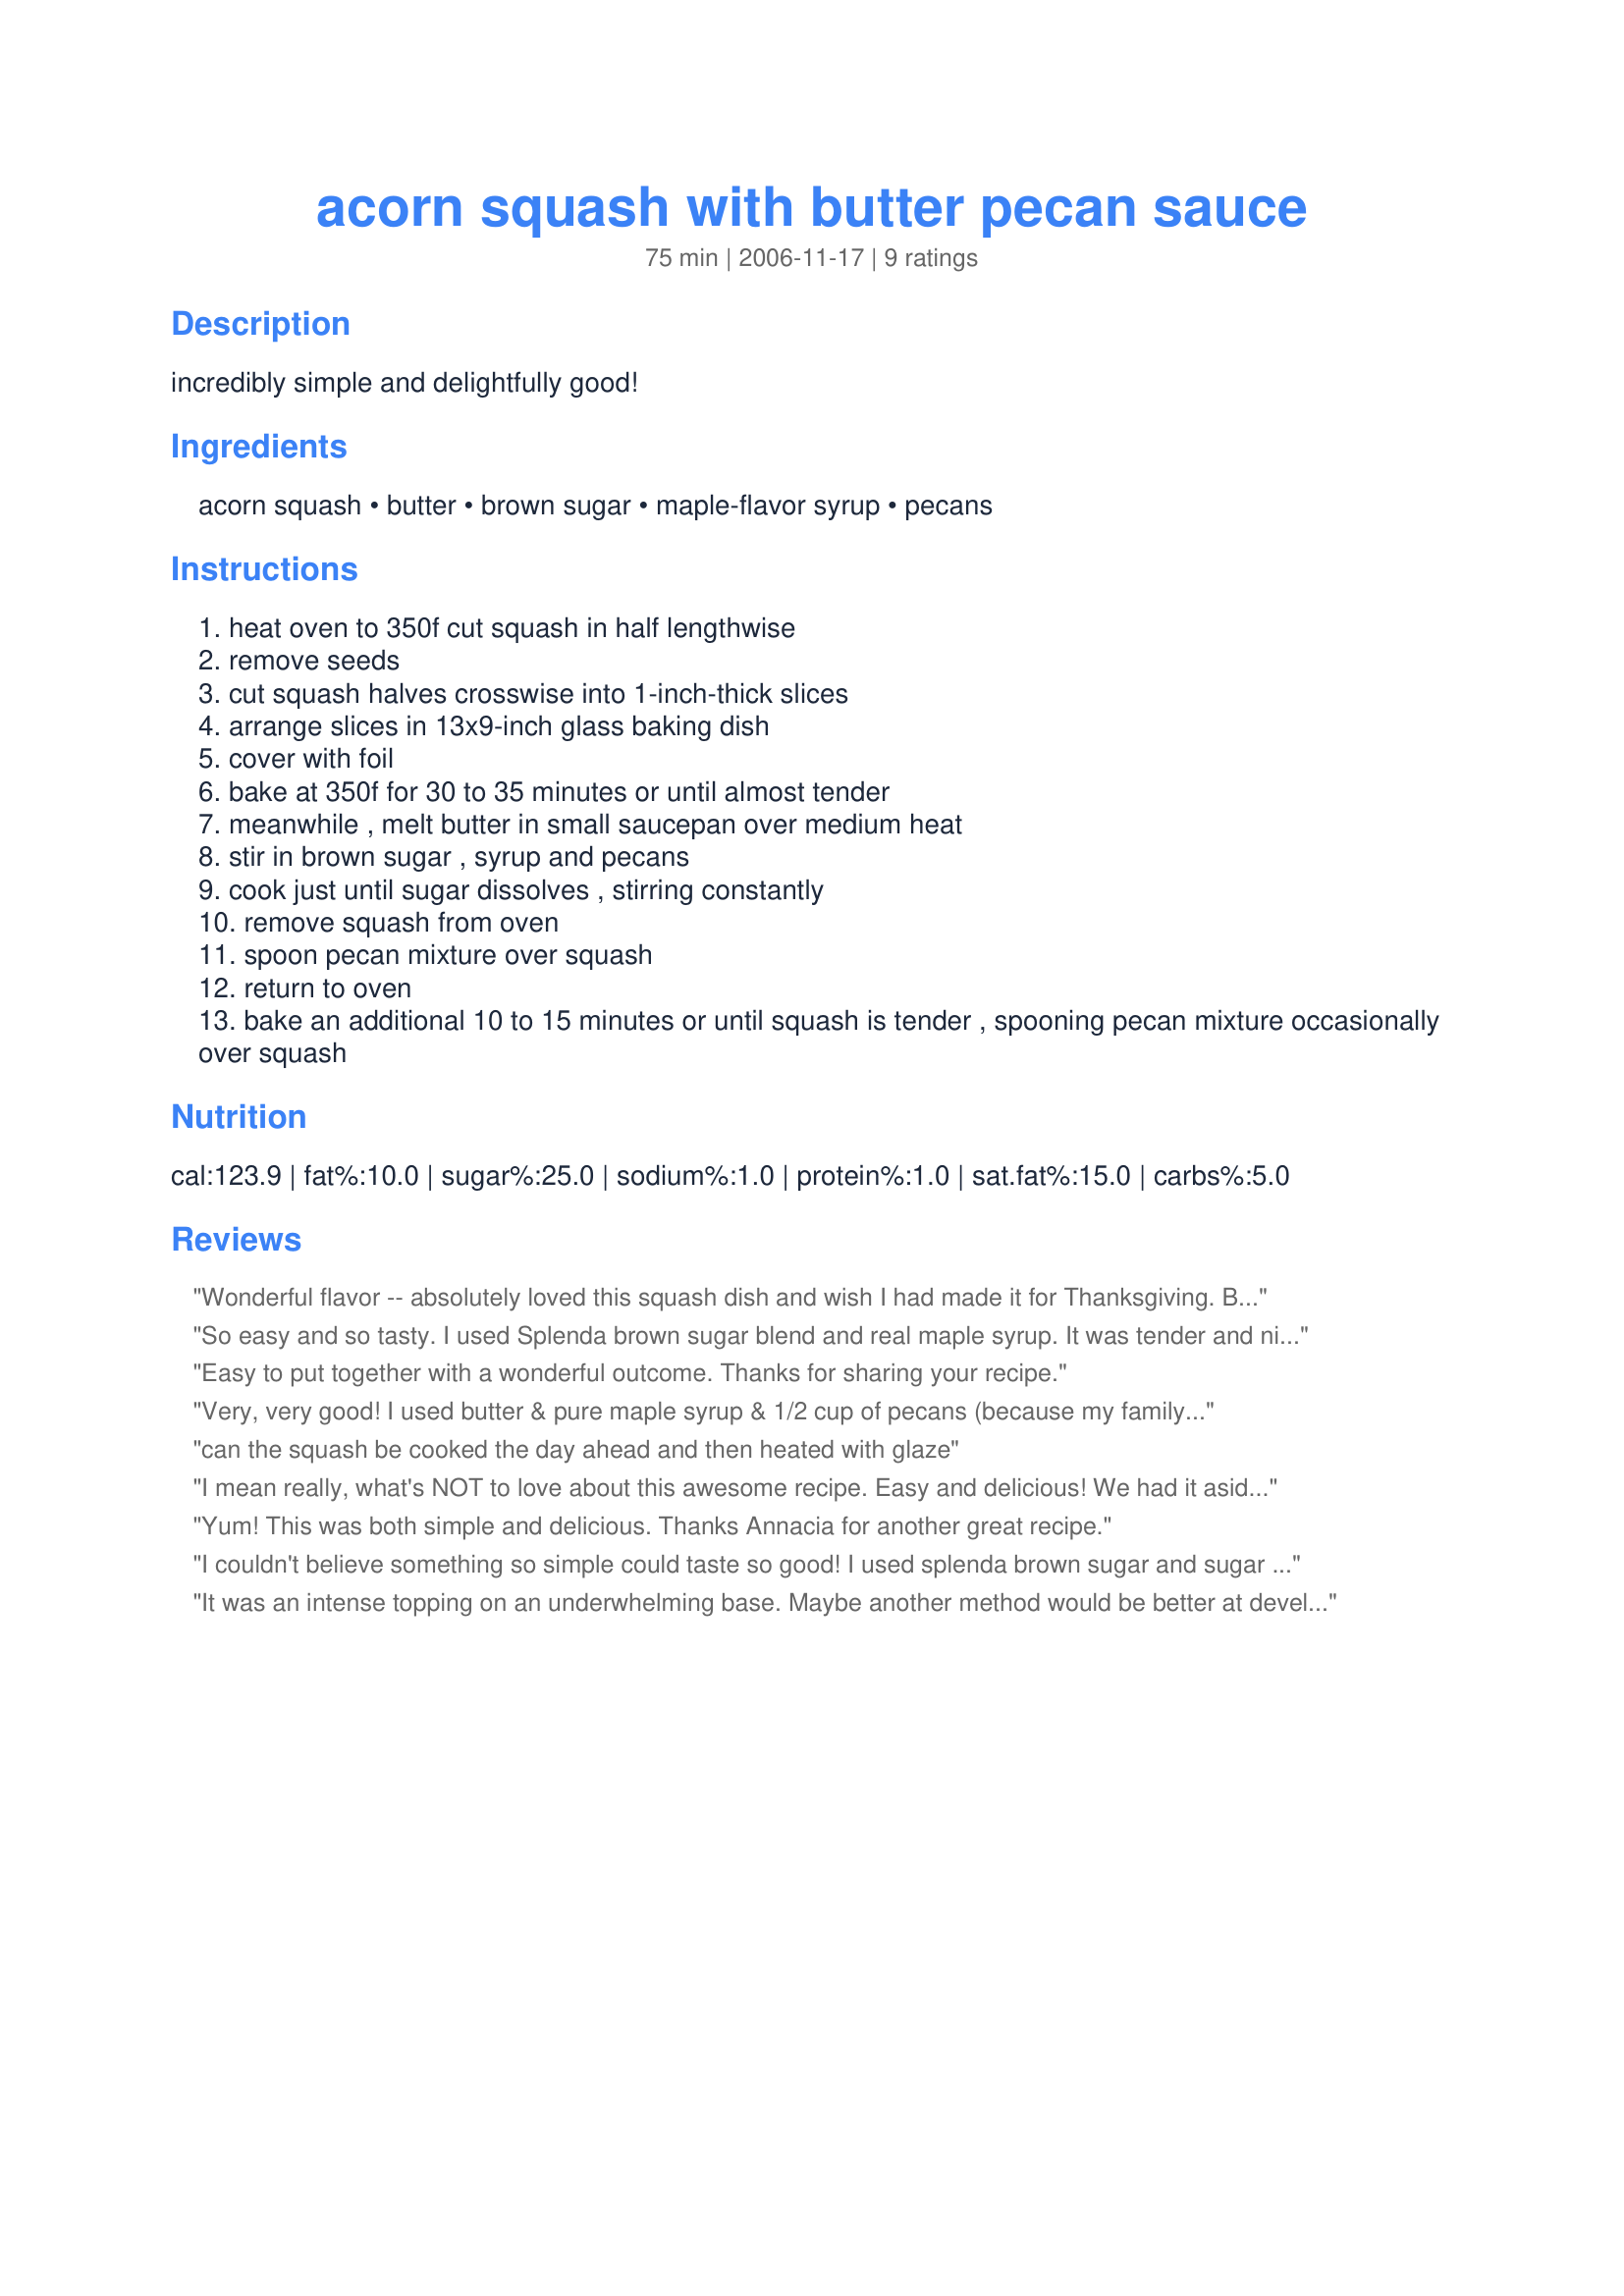
acorn squash with butter pecan sauce
Preparation time: 75 minutes

incredibly simple and delightfully good!

Ingredients:
acorn squash, butter, brown sugar, maple-flavor syrup, pecans

Steps:
heat oven to 350f cut squash in half lengthwise
remove seeds
cut squash halves crosswise into 1-inch-thick slices
arrange slices in 13x9-inch glass baking dish
cover with foil
bake at 350f for 30 to 35 minutes or until almost tender
meanwhile , melt butter in small saucepan over medium heat
stir in brown sugar , syrup and pecans
cook just until sugar dissolves , stirring constantly
remove squash from oven
spoon pecan mixture over squash
return to oven
bake an additional 10 to 15 minutes or until squash is tender , spooning pecan mixture occasionally over squash

Reviews:
Wonderful flavor -- absolutely loved this squash dish and wish I had made it for Thanksgiving. But, there&#039;s always Christmas, next Thanksgiving and everyday of the year in between. : ) So simple to make and so delicious. Made for What&#039;s on the Menu tag game.
So easy and so tasty. I used Splenda brown sugar blend and real maple syrup. It was tender and nicely glazed. Served this along with recipe #95222.
Easy to put together with a wonderful outcome. Thanks for sharing your recipe.
Very, very good! I used butter & pure maple syrup & 1/2 cup of pecans (because my family loves nuts!). I cut the 2 squash into 12 slices. This was part of my contribution to our family New Year's Day dinner. It went over very well - lots of flavour & the squash turns out very tender. The sauce was so amazing, I can't wait to try it warm over vanilla ice-cream!!
can the squash be cooked the day ahead and then heated with glaze
I mean really, what's NOT to love about this awesome recipe. Easy and delicious! We had it aside some salmon and I have to say that the butter pecan sauce was FABULOUS atop the salmon too. WOW what a tasty dinner we had this evening. Thanks for sharing this keeper!
Yum! This was both simple and delicious. Thanks Annacia for another great recipe.
I couldn't believe something so simple could taste so good! I used splenda brown sugar and sugar free syrup for a tad bit healthier version.
It was an intense topping on an underwhelming base. Maybe another method would be better at developing the flavor of the squash itself. I also believe that a bit of salt was required to make the pecans nutty.
